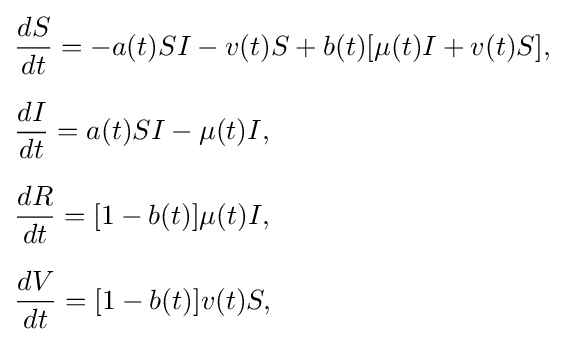
{\begin{aligned}&{\frac {dS}{dt}}=-a(t)SI-v(t)S+b(t)[\mu (t)I+v(t)S],\\[6pt]&{\frac {dI}{dt}}=a(t)SI-\mu (t)I,\\[6pt]&{\frac {dR}{dt}}=[1-b(t)]\mu (t)I,\\[6pt]&{\frac {dV}{dt}}=[1-b(t)]v(t)S,\\[6pt]\end{aligned}}